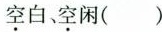
空白、空闲( )